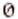
0